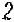
2